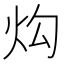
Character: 𱪮